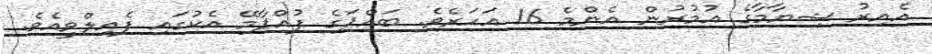
އެއިރު ޝިޔާމާގެ އުމުރުން އެންމެ 16 އަހަރެވެ. ބައްޕަގެ ފުއްޕާމޭ އެކުގައި ފެއިލްވީއެވެ.